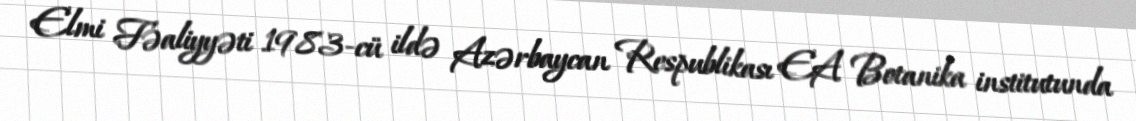
Elmi Fəaliyyəti 1983-cü ildə Azərbaycan Respublikası EA Botanika institutunda